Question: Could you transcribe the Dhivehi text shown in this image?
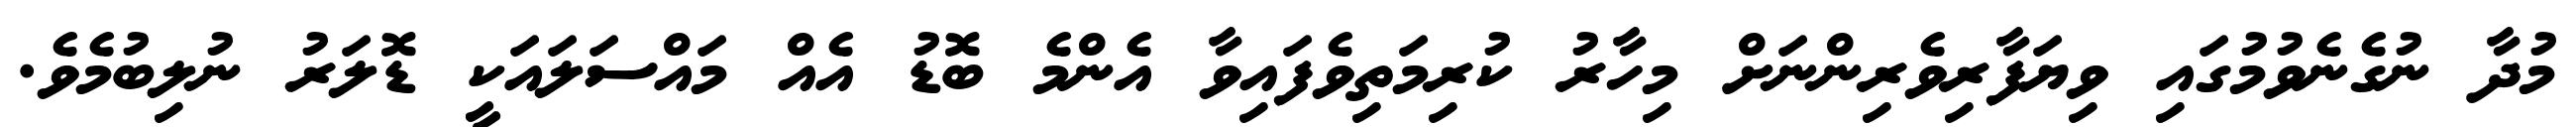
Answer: މުދާ ނުގެނެވުމުގައި ވިޔަފާރިވެރިންނަށް މިހާރު ކުރިމަތިވެފައިވާ އެންމެ ބޮޑު އެއް މައްސަލައަކީ ޑޮލަރު ނުލިބުމެވެ.